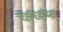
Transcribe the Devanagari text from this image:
चाच्यंना